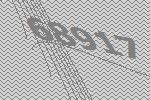
68917